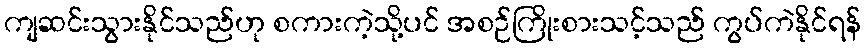
ကျဆင်းသွားနိုင်သည်ဟု စကားကဲ့သို့ပင် အစဉ်ကြိုးစားသင့်သည် ကွပ်ကဲနိုင်ရန်